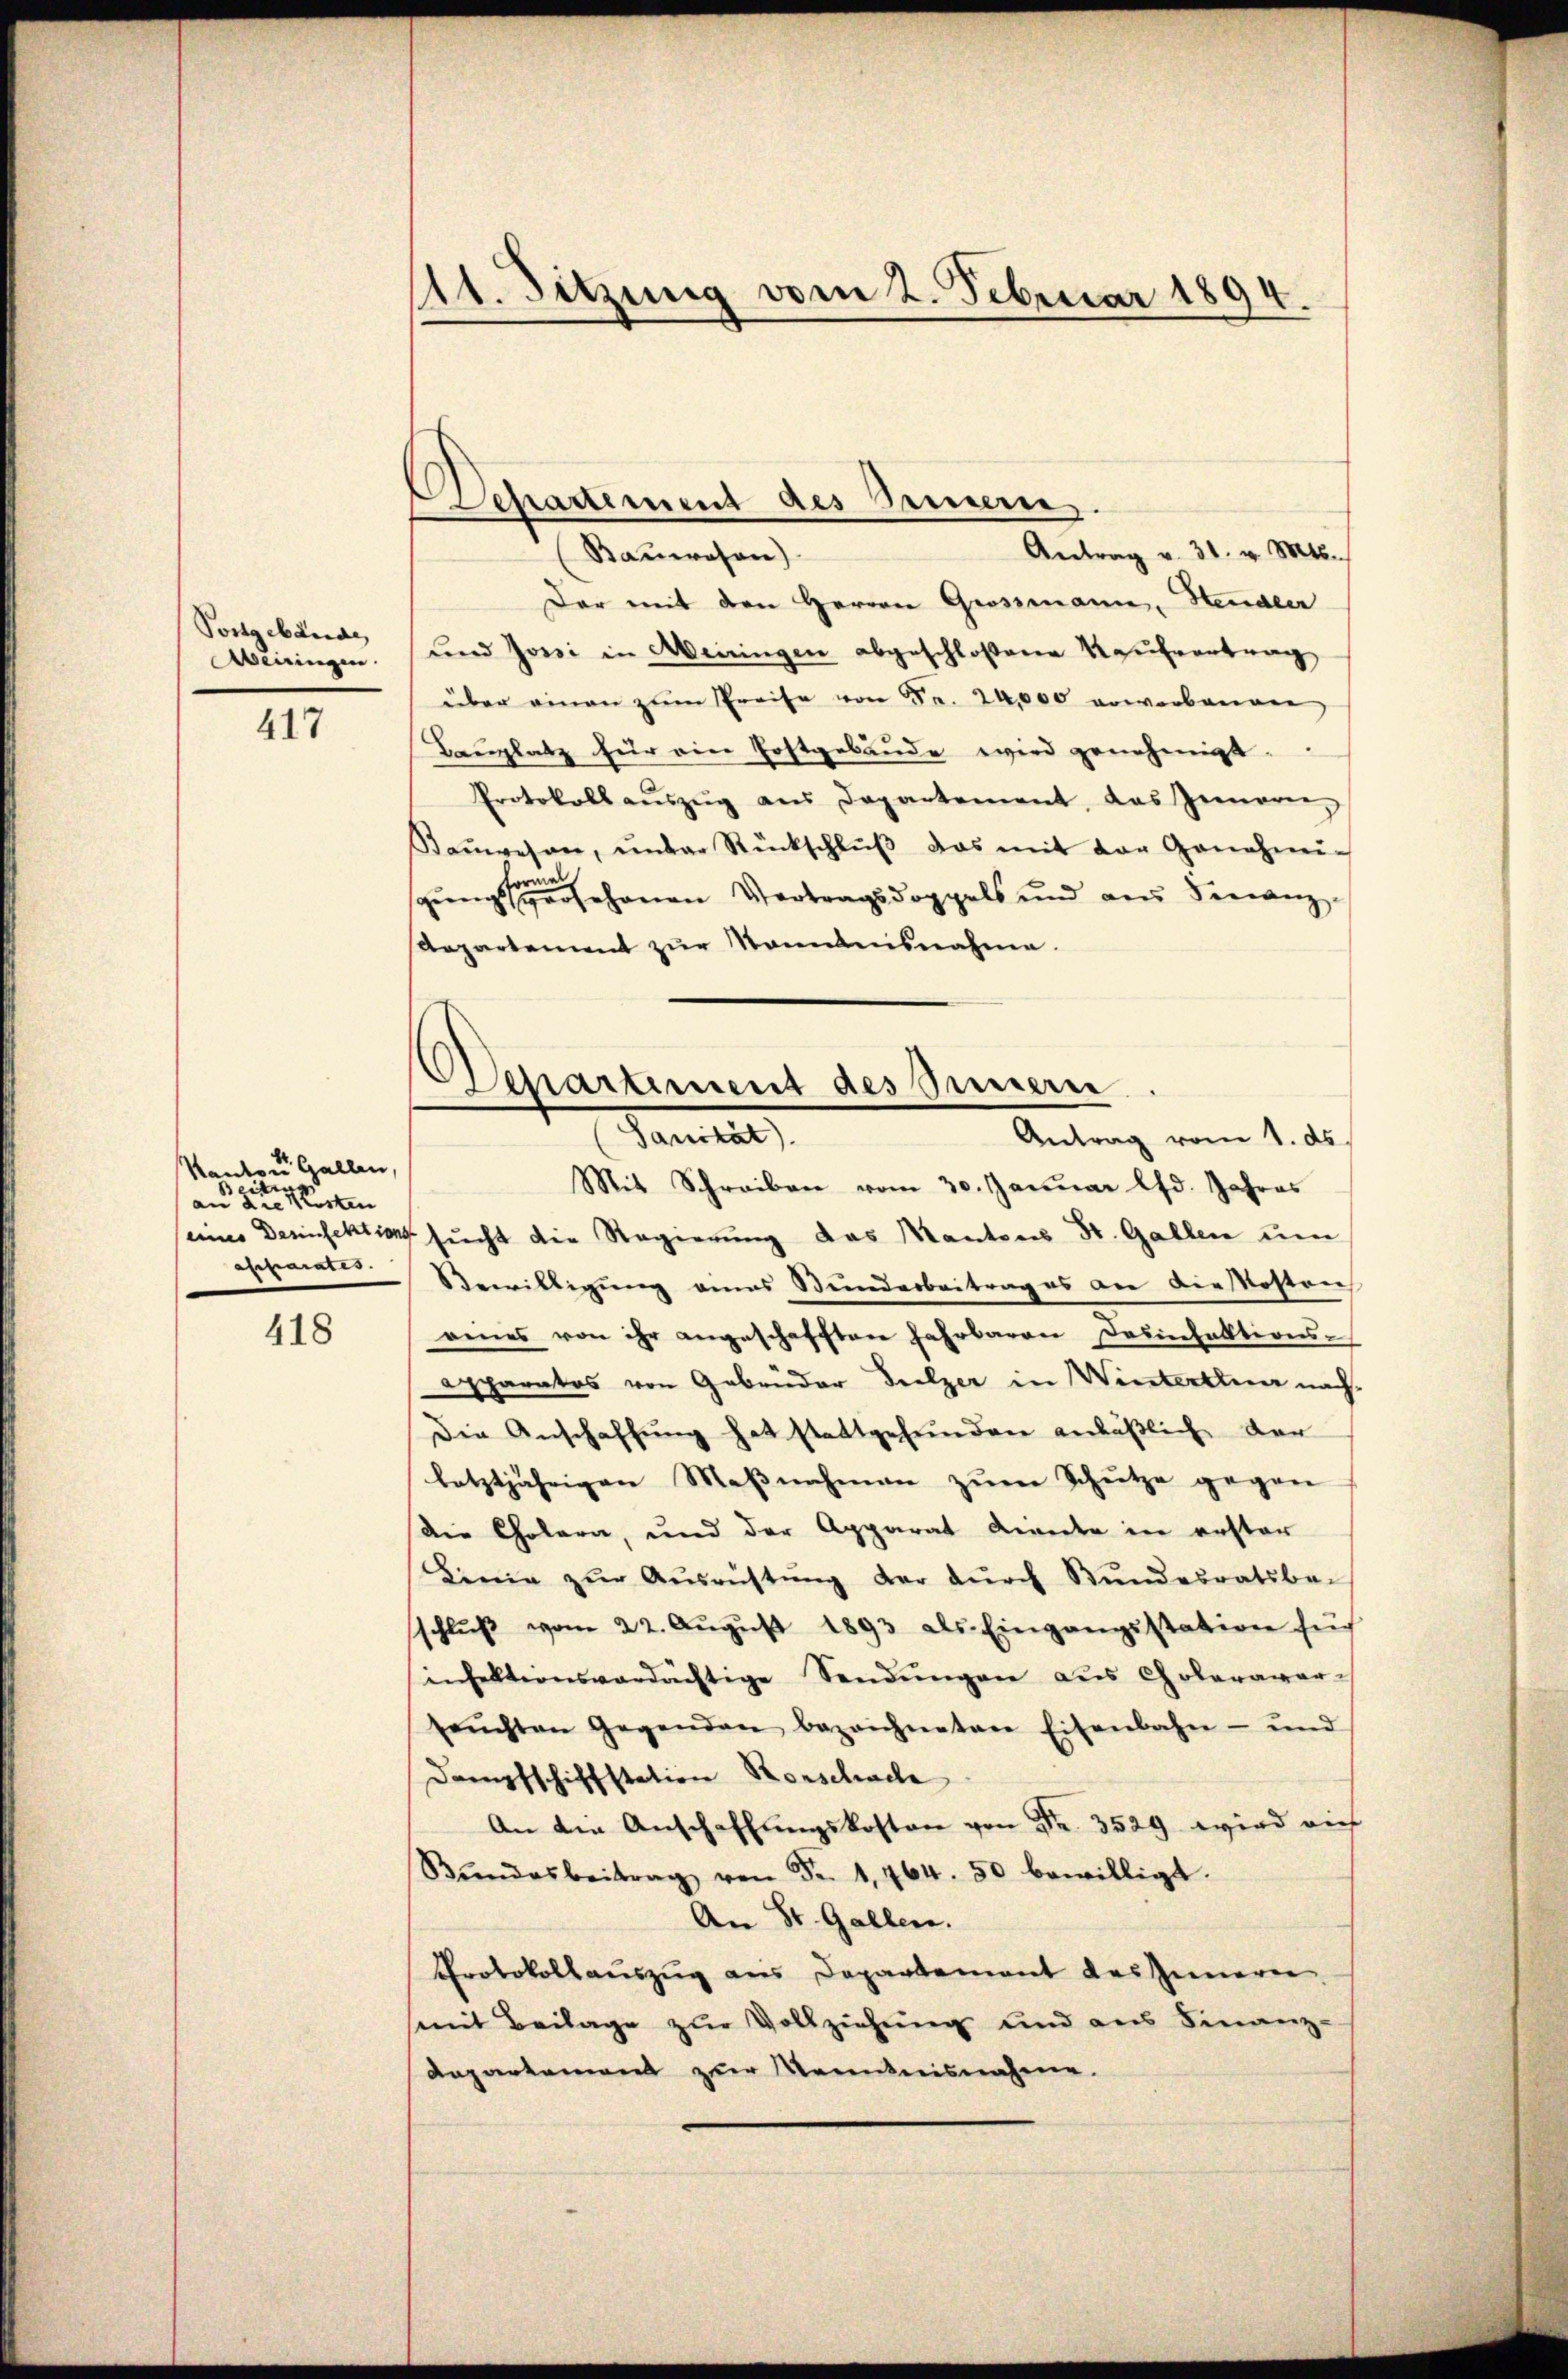
Postgebäude
eiringen.

417

Kanton Gallen,
Beitig
an die Kosten
apparatis.

418

At. Sitzung vom 2. Februar 1894.

Antrag v. 31. v. Mts.
Bauwesen)
Der mit den Herren Grossmann, Handler
und Jossi in Meiringen abgeschloßene Kaufvertrag
über einen zŭm Preise von Fr. 24,000 erworbenen
Bauplatz für ein Erstgebäude wird genehmigt.
Protokoll aŭszŭg aŭs Departement, das Innern,
Saŭwesen, ŭnder Rückschlŭβ das mit der Genehmig
sungsgesehenen Vertragsdoppels und aus Finanz¬
Repartement zur Manntnisnahme.
Mit Schreiben vom 30. Janŭar lfd. Jahres
seiner Desinfektion sucht die Regierung das Mantons St. Gallen um
Bewilligung eines Stundesbeitrag es an dieskosten
eines von ihr angeschafften Jahrbaren Desinfektions-
apparatos von Gebrüder Beelzer in Winterthur nach
Die Anschaffung hat stattgefunden anläßlich der
letztjährigen Maβnahmen zum Schutze gegen
Die Cholera, und der Apparat Liente in erster
Linie zŭr Aŭsrüstŭng der dŭrch Bŭndesratsbei
schlŭβ vom 22. Aŭgŭst 1893 als Eingangsstation für
insektionsverdächtige Sendŭngen aus Choleraver-
seŭchten Gegenden bezeichneten Eisenbahn- und
Dampfschiffstation Horschade
An die Anschaffungskosten von Fr. 3529 wird auf
Bŭndesbeitrag von Fr. 1, 464. 50 bewilligt.
An St. Gallen.
Protokollauszug aus Departement des Inneren
mit Beilage zur Vollziehung und aus Finanz-
Departement zur Kenntnisnahme.

Departement des Berneren.

Departement des Sinnern.
Sammler
Antrag vom 1. ds.